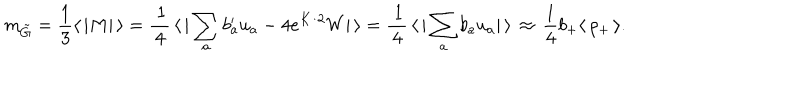
m _ { \tilde { G } } = { \frac { 1 } { 3 } } \langle \, | M | \, \rangle = \frac { \, 1 } { \, 4 \, } \, \langle \, | \sum _ { a } b _ { a } ^ { \prime } u _ { a } - 4 e ^ { K / 2 } W | \, \rangle = \frac { \, 1 } { \, 4 \, } \, \langle \, | \sum _ { a } b _ { a } u _ { a } | \, \rangle \, \approx \, { \frac { 1 } { 4 } } b _ { + } \langle \, \rho _ { + } \, \rangle .